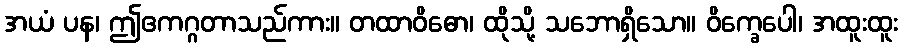
အယံ ပန၊ ဤဧကဂ္ဂတာသည်ကား။ တထာဝိဓော၊ ထိုသို့ သဘောရှိသော။ ဝိက္ခေပေါ၊ အထူးထူး